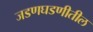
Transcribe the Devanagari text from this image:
जडणघडणीतील